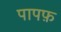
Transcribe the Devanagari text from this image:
पापफ़